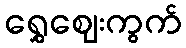
ရွှေဈေးကွက်